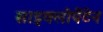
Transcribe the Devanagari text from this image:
साइक्लोपेंटेन